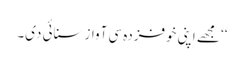
‘‘ مجھے اپنی خوفزدہ سی آواز سنائی دی۔